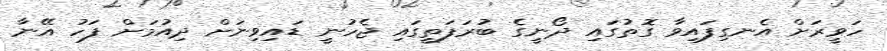
ހަވީރަށް އެނގިފައިވާ ގޮތުގައި ދޯނީގެ ބުރަފަތީގައި ޖެހުނީ ޑައިވިނަށް ދިއުމަށް ފަހު އޭނާ